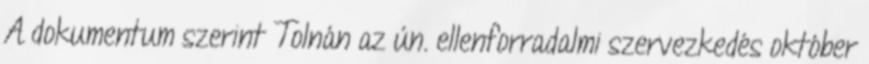
A dokumentum szerint Tolnán az ún. ellenforradalmi szervezkedés október